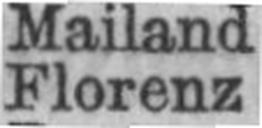
Florenz